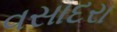
વસાદરા